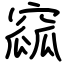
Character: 窳